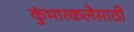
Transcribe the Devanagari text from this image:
कुंभारकलेसाठी